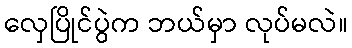
လှေပြိုင်ပွဲက ဘယ်မှာ လုပ်မလဲ။